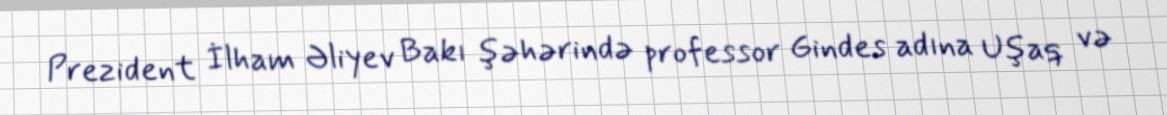
Prezident İlham Əliyev Bakı şəhərində professor Gindes adına Uşaq və